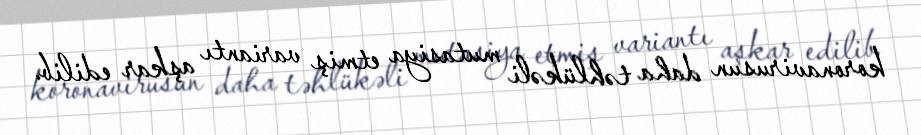
koronavirusun daha təhlükəli mutasiya etmiş variantı aşkar edilib.